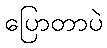
ပြောတာပဲ